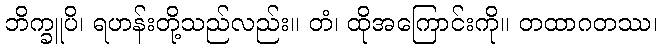
ဘိက္ခူပိ၊ ရဟန်းတို့သည်လည်း။ တံ၊ ထိုအကြောင်းကို။ တထာဂတဿ၊